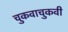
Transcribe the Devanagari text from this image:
चुकवाचुकवी